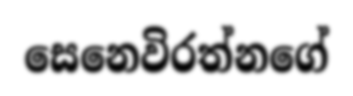
සෙනෙවිරත්නගේ